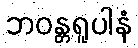
ဘဝန္တရူပါနံ